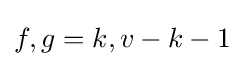
{f,g}={k,v-k-1}